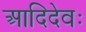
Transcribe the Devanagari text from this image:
आदिदेवः